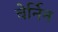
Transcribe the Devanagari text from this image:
चेर्निन